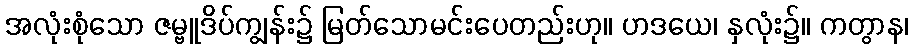
အလုံးစုံသော ဇမ္ဗူဒိပ်ကျွန်း၌ မြတ်သောမင်းပေတည်းဟု။ ဟဒယေ၊ နှလုံး၌။ ကတွာန၊